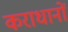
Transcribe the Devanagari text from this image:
कराधानों